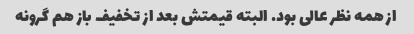
از همه نظر عالی بود. البته قیمتش بعد از تخفیف باز هم گرونه